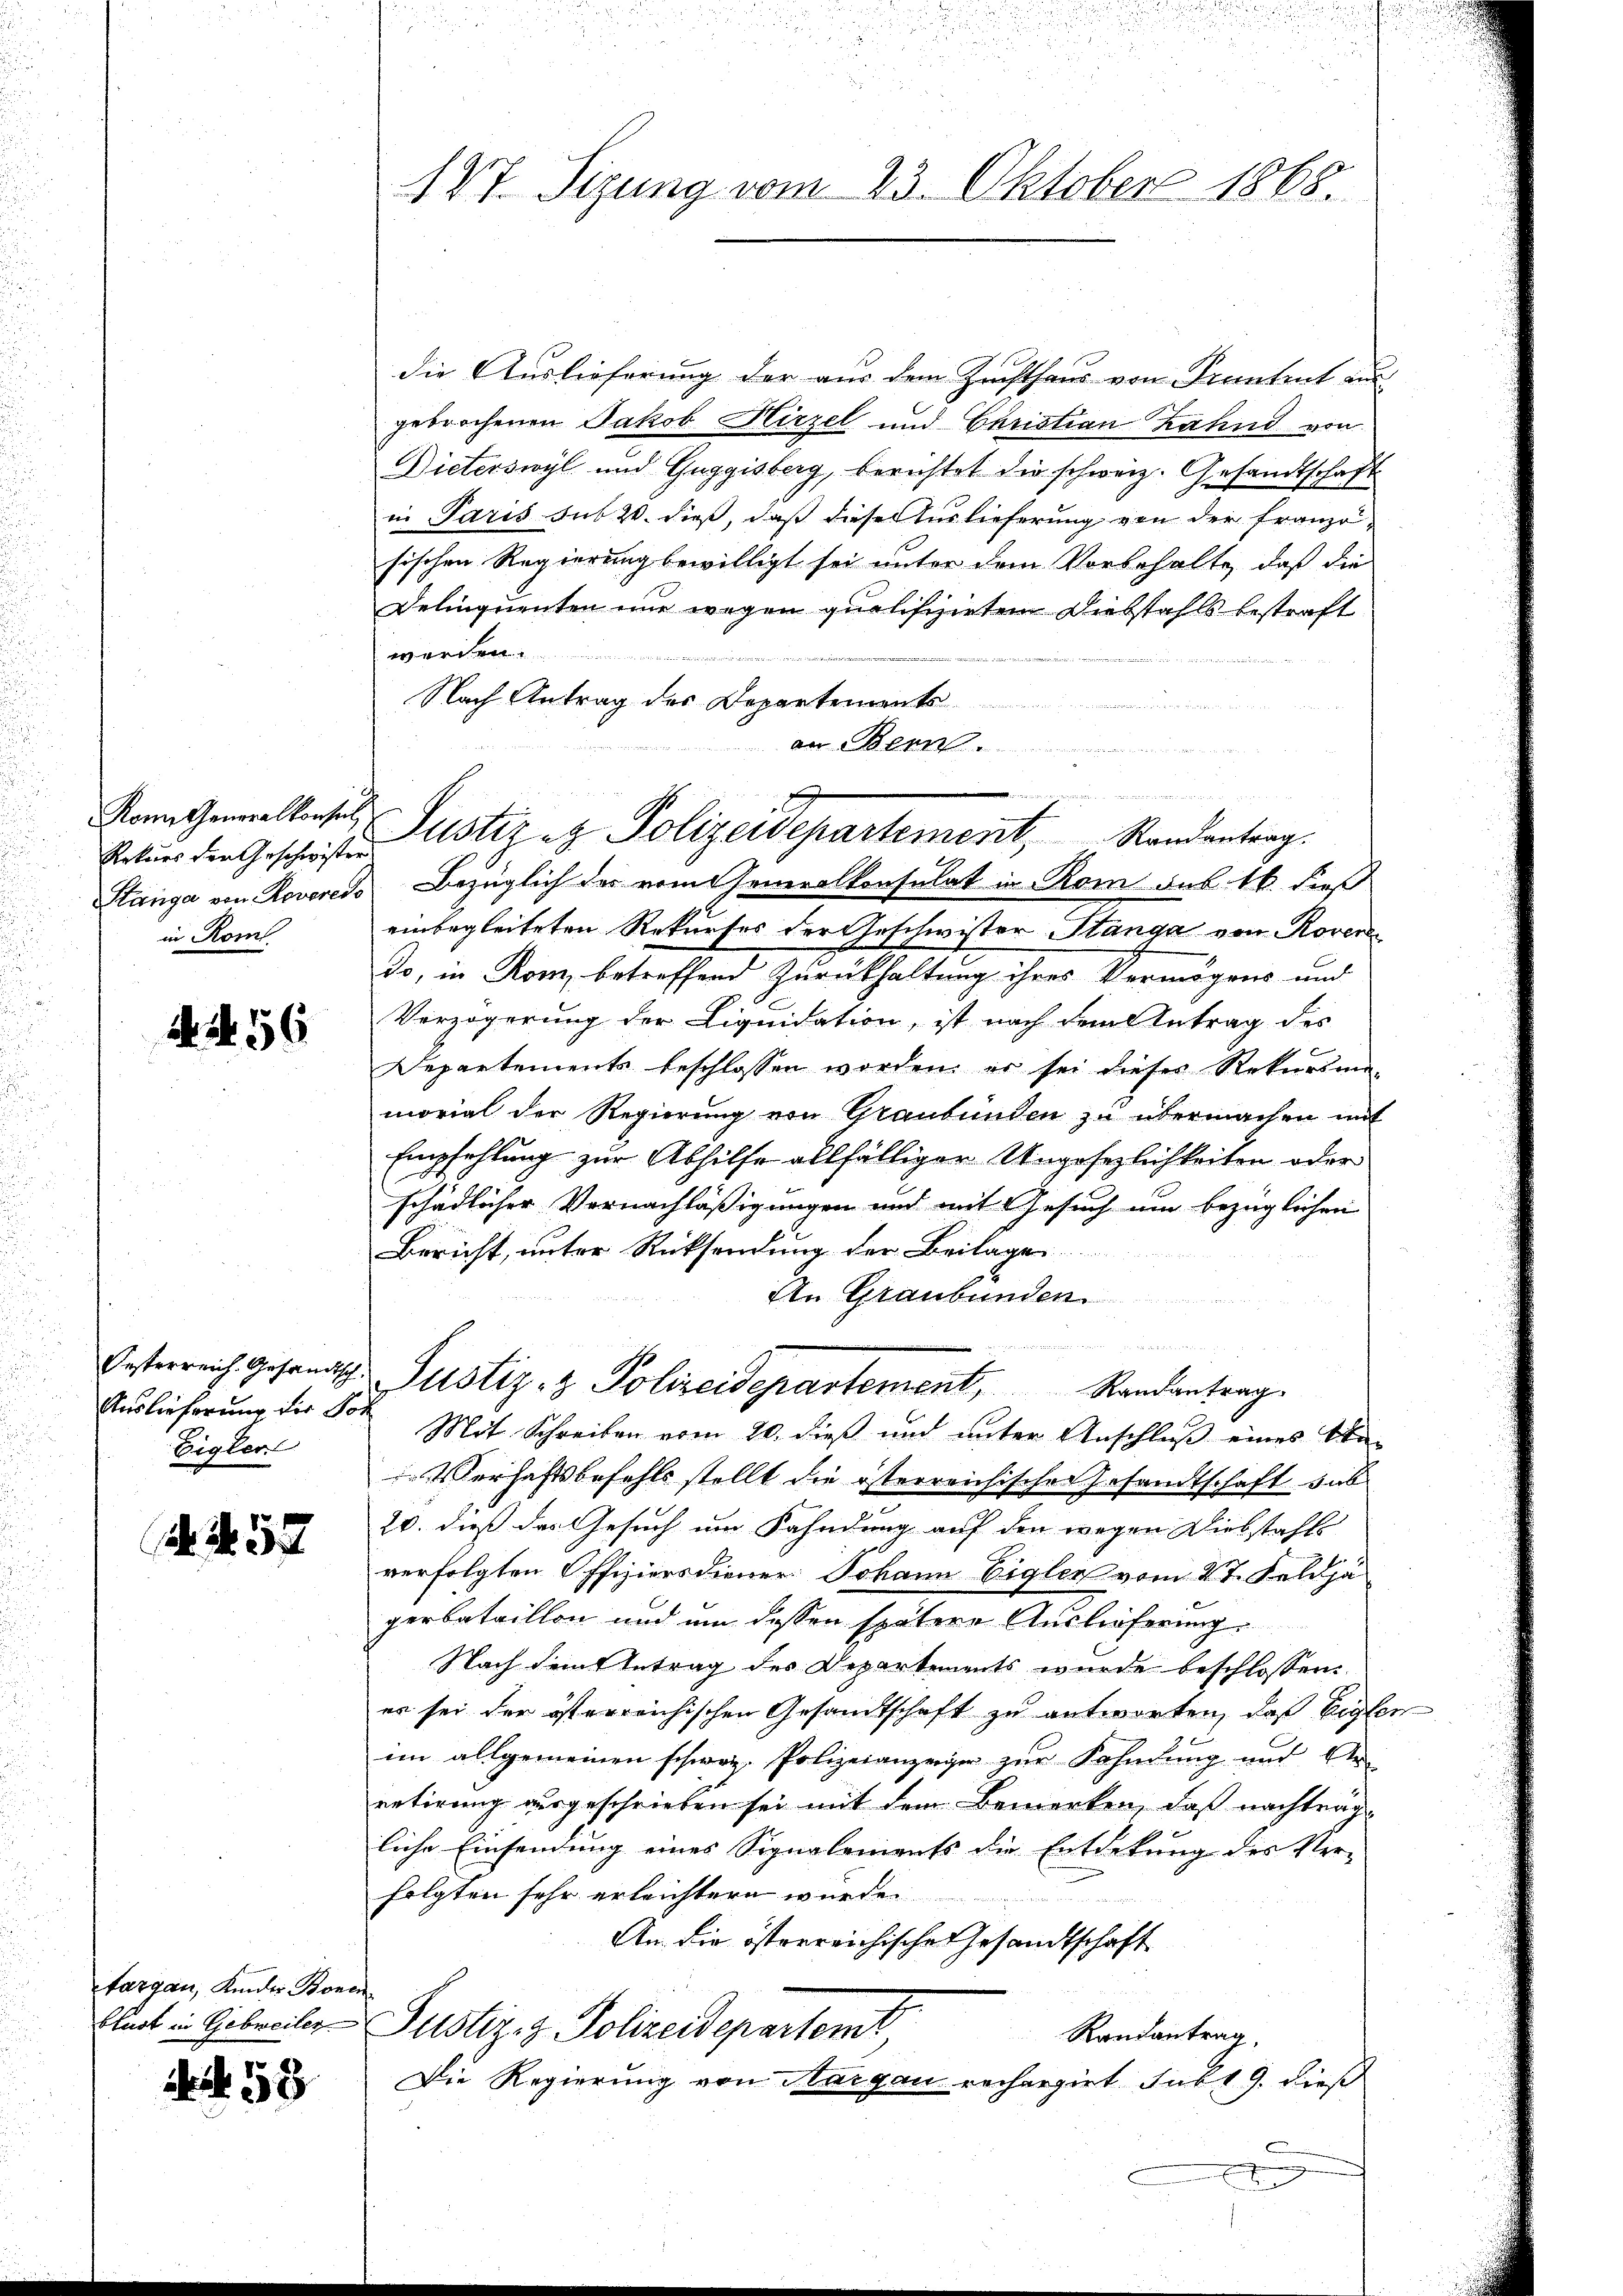
Kon Generalkonsel
Rekurs der Geschwister
Stänga von Reveress
in Kom

56

Oesterreich. Gesandtsch.
Auslieferung der Son
Eigler

3

fargau, Kinder Bone
blust in Gebreiter

58

127. Sizung vom 23. Oktober 1868.

die Auslieferung der aus dem Zuchthaus von Frantent aus
gebrochenen Jakob Hirzel und Christian Zahnd von
Dieterswyl und Guggisberg, berichtet die schweiz. Gesandtschaft
in Paris sub 20. dieß, daß dieser Auslieferung von der Französischen Regierung bewilligt sei unter dem Vorbehalte, daß die
Delinquenten nur wegen qualifizirten Diebstahls bestraft
werden.

Nach Antrag des Departement.
a Bern
Bezüglich des vom Generalkonsulat in Rom sub 16. dieß
einbegleiteten Rekurses der Geschwister Stanga von Rover
do, in Rom, betreffend Zurückhaltung ihres Vermögens und
Verzögerung der Liquidation, ist nach dem Antrag des
Departements beschlossen worden, er sei dieser Rekursma-
morial der Regierung von Graubünden zu übermachen mit
Empfehlung zur Abhilfe allfälliger Ungesezlichkeiten oder
schädlicher Vornachläßigungen und mit Gesuch um bezüglichen
Bericht, unter Rücksendung der Beilage
An Graubünden.
un
Justiz- & Polizeidepartement, Randantrag.
Mit Schreiben vom 10. dieß und unter Anschluß eines An
Verhaftsbefehls stellt die österreichischen Gesandtschaft sub
20. dieß das Gesuch um Fahndung auf den wegen Diebstahls
verfolgten Offiziersdiener Johann Eigler vom 27. Feldjä
gerbataillon und um dessen spätere Auslieferung
Nach dem Antrag des Departements wurde beschlossen:
es sei der österreichischen Gesandtschaft zu antworten, daß Eigen
im allgemeinen schweiz. Polizeianzeiger zur Fahndung und An-
retirung ausgeschrieben sei mit dem Bemerken, daß nachtragliche Einsendung eines Signalements die Entdekung des Ver-
folgten sehr erleichtern wurde.
An die österreichische Gesandtschaft
Justiz- & Polizeidepartemt
Randantrag,
Die Regierung von Aargau recherzirt subt 9. dieß

iurist an eine
Justiz & Polizeidepartement, Randantrag.